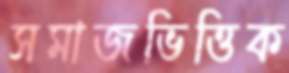
সমাজভিত্তিক